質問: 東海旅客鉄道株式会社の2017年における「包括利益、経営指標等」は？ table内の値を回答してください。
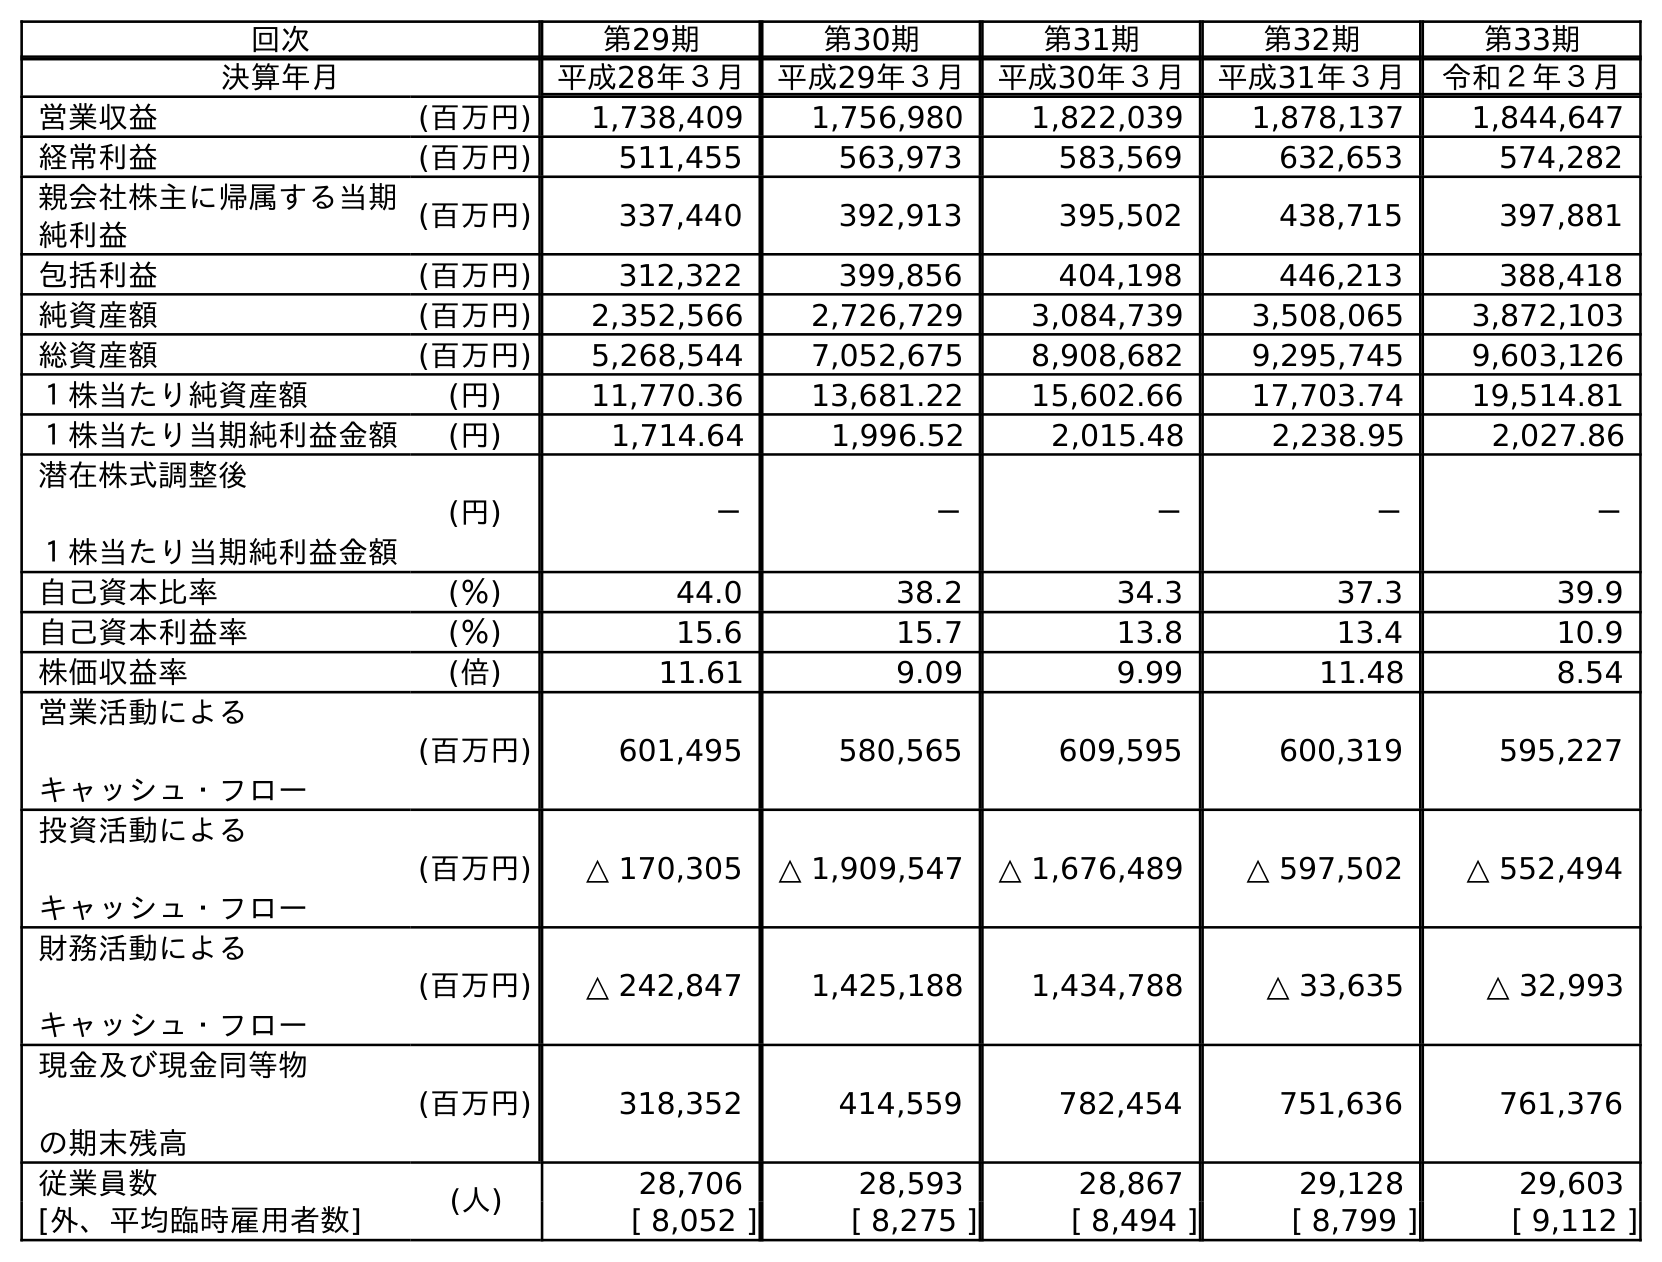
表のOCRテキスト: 回次 第29期 第30期 第31期 第32期 第33期 決算年月 平成28年３月 平成29年３月 平成30年３月 平成31年３月 令和２年３月 営業収益 (百万円) 1,738,409 1,756,980 1,822,039 1,878,137 1,844,647 経常利益 (百万円) 511,455 563,973 583,569 632,653 574,282 親会社株主に帰属する当期 純利益 (百万円) 337,440 392,913 395,502 438,715 397,881 包括利益 (百万円) 312,322 399,856 404,198 446,213 388,418 純資産額 (百万円) 2,352,566 2,726,729 3,084,739 3,508,065 3,872,103 総資産額 (百万円) 5,268,544 7,052,675 8,908,682 9,295,745 9,603,126 １株当たり純資産額 (円) 11,770.36 13,681.22 15,602.66 17,703.74 19,514.81 １株当たり当期純利益金額 (円) 1,714.64 1,996.52 2,015.48 2,238.95 2,027.86 潜在株式調整後 １株当たり当期純利益金額 (円) － － － － － 自己資本比率 (％) 44.0 38.2 34.3 37.3 39.9 自己資本利益率 (％) 15.6 15.7 13.8 13.4 10.9 株価収益率 (倍) 11.61 9.09 9.99 11.48 8.54 営業活動による キャッシュ・フロー (百万円) 601,495 580,565 609,595 600,319 595,227 投資活動による キャッシュ・フロー (百万円) △ 170,305 △ 1,909,547 △ 1,676,489 △ 597,502 △ 552,494 財務活動による キャッシュ・フロー (百万円) △ 242,847 1,425,188 1,434,788 △ 33,635 △ 32,993 現金及び現金同等物 の期末残高 (百万円) 318,352 414,559 782,454 751,636 761,376 従業員数 (人) 28,706 28,593 28,867 29,128 29,603 [外、平均臨時雇用者数] [ 8,052 ] [ 8,275 ] [ 8,494 ] [ 8,799 ] [ 9,112 ]
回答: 399,856